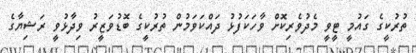
ތުރުކީގެ ގައުމީ ޓީވީ މެދުވެރިކޮށް ވާހަކަފުޅު ދައްކަވަމުން ތުރުކީގެ ބޮޑުވަޒީރު ވިދާޅުވީ ރަޝިޔާގެ